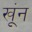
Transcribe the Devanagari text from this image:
खूंन